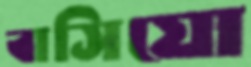
বাসিয়ো